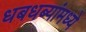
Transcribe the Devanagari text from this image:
धबधब्यांमध्ये